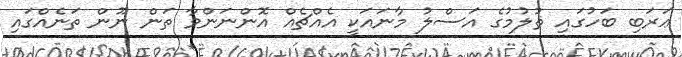
ޢަރަބި ބަހުގައި ޡުލުމުގެ އަސްލު މާނައަކީ އެއްޗެއް އޮންނަންވާ ތަން ނޫން ތަނެއްގައި